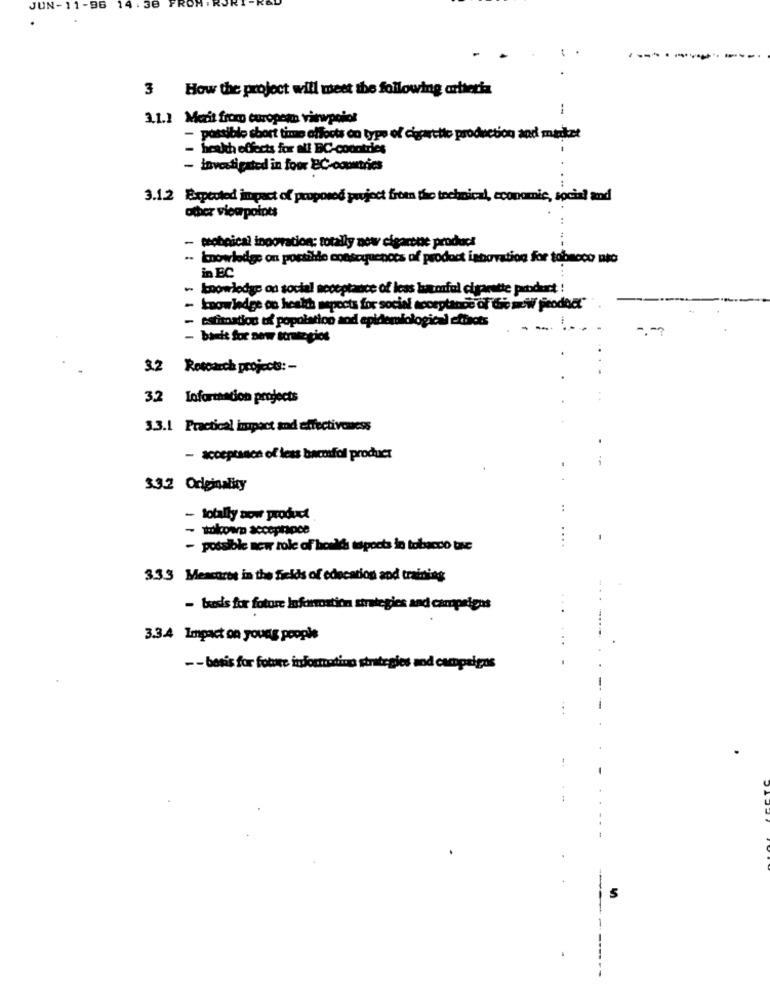
JUN-11-96
14:3
3 How the project will meet the following criteria
1
3.1.1 Mezit from europeno viewpoint
- possible short time affects co type of cigarette production and market
health effects for all BC-countries
- Investigated in foox EC-countries
3.1.2 Expected impact of proposed project from the technical, economic, social and
other viewpoints
- tobeical innovation; totally now cigarone product
.. knowledge on possible consequences of product innovation for tobacco nto
in EC
. knowledge on social neceptance of leas laoful cigarette product !
- knowledge on heath sepects for social acceptance of this new pirodoct"
- estimation of popolattoo and epidemiological oftrots
- banit for new strategies
3.2 Research projects: -
3.2 Information projects
3.3.1 Practical impact and effectiveness
- acceptance of leas baconfol product
3.3.2 Originality
- tobilly now product
- tokoun acceprapce
- possible new role of bcalds tapocta in tobacco tone
3.3.3 Meacores in the fields of education and training
- basis for fotore Information strategies and campaigns
3.3.4 Impact on young people
- - benis for fobie informating strategies and campaigns